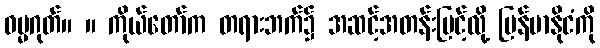
ဓမ္မဂုတ်။ ။ ကိုယ်တော်က တရားဘက်၌ အဆင့်အတန်းမြင့်လို့ မြန်မာနိုငံကို